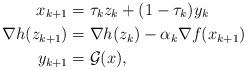
LaTeX: \begin{align*}x_{k+1} &= \tau_k z_k + (1- \tau_k) y_k \\\nabla h(z_{k+1}) &= \nabla h(z_k) - \alpha_k \nabla f(x_{k+1})\\y_{k+1} &= \mathcal{G}(x),\end{align*}